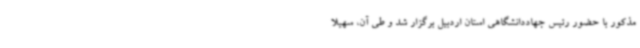
مذکور با حضور رئیس جهاددانشگاهی استان اردبیل برگزار شد و طی آن، سهیلا